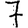
Digit: 7